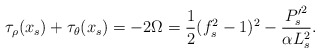
\begin{align*}\tau_{\rho}(x_s) + \tau_{\theta}(x_s) = - 2 \Omega = \frac{1}{2} (f_s^2 -1)^2 - \frac{{P_s'}^2}{\alpha L_s^2}.\end{align*}